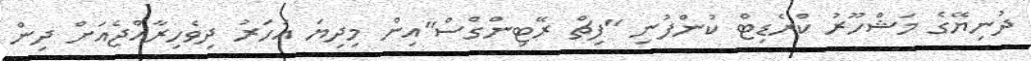
ދުނިޔޭގެ މަޝްހޫރު ކްރެޑިޓް ކުންފުނި "ފިޗް ރޭޓިންގްސް"އިން މިދިޔަ އަހަރު ދިވެހިރާއްޖެއަށް ދިން